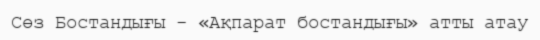
Сөз Бостандығы - «Ақпарат бостандығы» атты атау